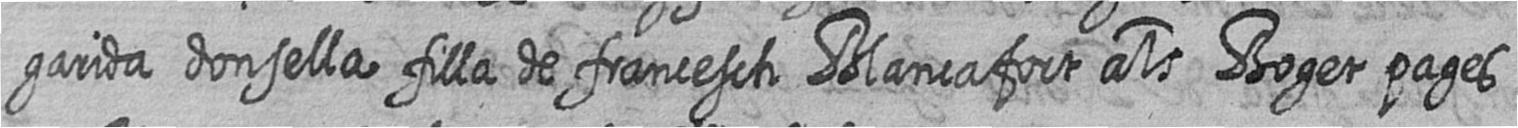
garida donsella filla de francesch Blancafort als Boger pages